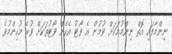
ނިންމާފައި އޮތް ނިންމުމަކަށް ވުމުން އެ ވޯޓު އެހެން ވޯޓުތަކަށް ވުރެ މުހިންމުވެ